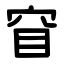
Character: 窅